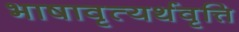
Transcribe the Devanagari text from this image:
भाषावृत्यर्थवृत्ति